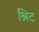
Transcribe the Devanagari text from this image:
श्निट